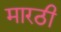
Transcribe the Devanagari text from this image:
मारठी